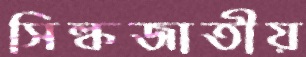
সিল্কজাতীয়